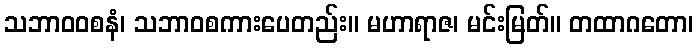
သဘာဝဝစနံ၊ သဘာဝစကားပေတည်း။ မဟာရာဇ၊ မင်းမြတ်။ တထာဂတော၊